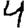
Digit: 4